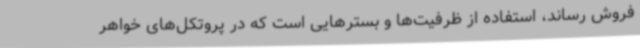
فروش رساند، استفاده از ظرفیت‌ها و بسترهایی است که در پروتکل‌های خواهر